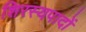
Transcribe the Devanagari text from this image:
शिरस्यपादों